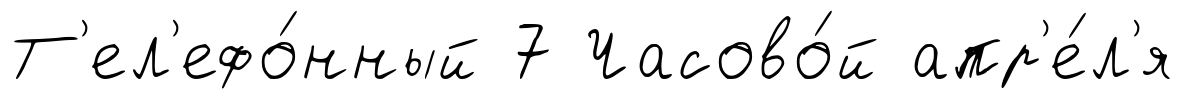
Т'ел'ефо́нный 7 Часово́й апр'е́л'я